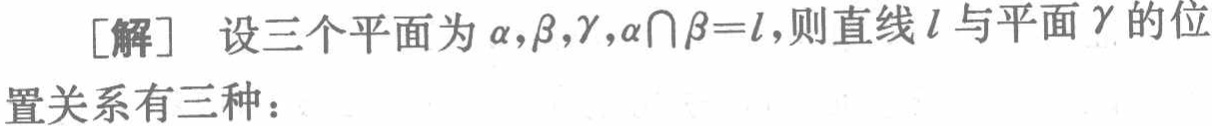
[解] 设三个平面为\(\alpha,\beta,\gamma,\alpha\cap\beta = l\),则直线\(l\)与平面\(\gamma\)的位置关系有三种：